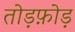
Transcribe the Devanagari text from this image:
तोड़फ़ोड़